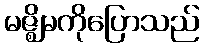
မဇ္ဈိမကိုပြောသည်